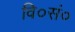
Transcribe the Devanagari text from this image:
वि०सं०